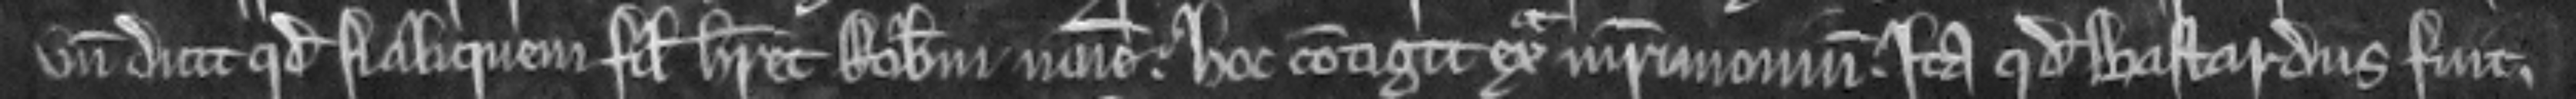
unde dicit quod si aliquem filium haberet Robertum nomine. hoc contigit extra matrimonium. ita quod bastardus fuit.